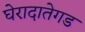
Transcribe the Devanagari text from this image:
घेरादातेगड